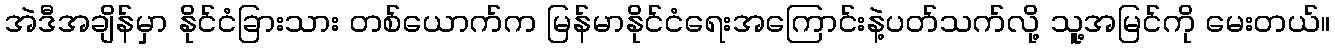
အဲဒီအချိန်မှာ နိုင်ငံခြားသား တစ်ယောက်က မြန်မာနိုင်ငံရေးအကြောင်းနဲ့ပတ်သက်လို့ သူ့အမြင်ကို မေးတယ်။